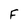
Character: F